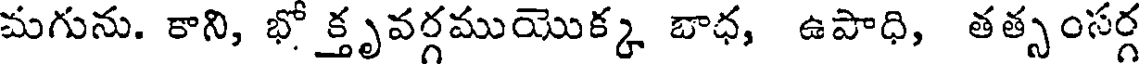
మగును. కాని, భో క్తృవర్గముయొక్క బాధ, ఉపాధి, తత్సంసర్గ